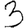
Digit: 3